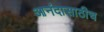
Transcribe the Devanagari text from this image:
आनंदासाठीच